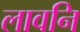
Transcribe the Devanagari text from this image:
लावनि